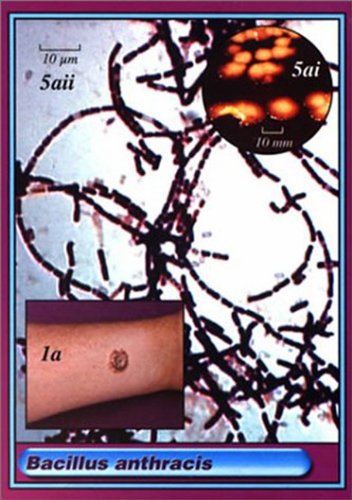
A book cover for Microbe Cards; Mark S. Peppler; Health, Fitness & Dieting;